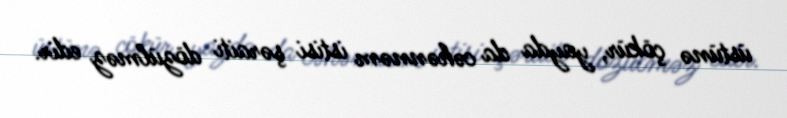
üstünə çökür, yayda da cəhənnəm istisi şəraiti dözülməz edir.